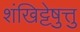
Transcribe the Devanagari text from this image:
शंखिट्टेषु़त्तु